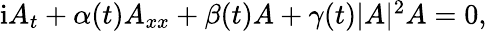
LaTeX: \begin{array}{r}{\mathrm{{i}}A_{t}+\alpha(t)A_{xx}+\beta(t)A+\gamma(t)|A|^{2}A=0,}\end{array}